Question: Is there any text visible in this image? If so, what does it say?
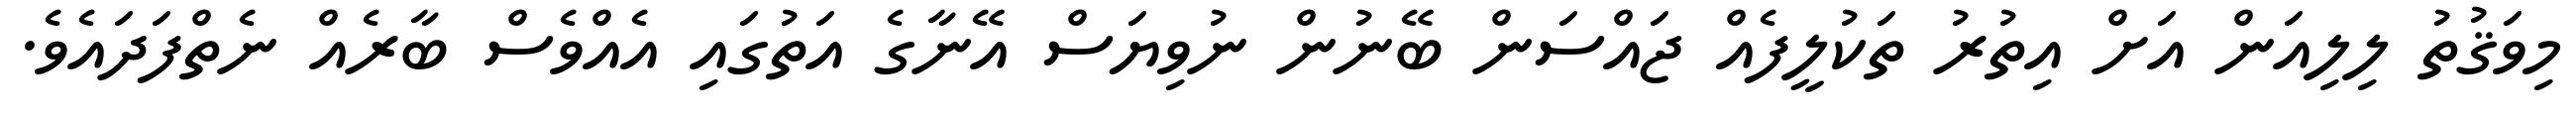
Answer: މިވަޤުތު ލިލިއަން އަށް އިތުރު ތަކުލީފެއް ޖައްސަން ބޭނުން ނުވިޔަސް އޭނާގެ އަތުގައި އެއްވެސް ބާރެއް ނެތްފަދައެވެ.